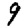
Digit: 9